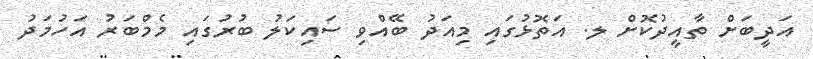
އަދީބަށް ތާއީދުކޮށް ލ. އަތޮޅުގައި މިއަދު ބޭއްވި ސައިކަލު ބުރުގައި މެމްބަރު އަހުމަދު